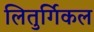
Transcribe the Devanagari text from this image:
लितुर्गिकल